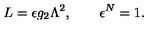
L = \epsilon g _ { 2 } \Lambda ^ { 2 } , \qquad \epsilon ^ { N } = 1 .